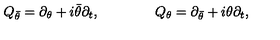
Q _ { \bar { \theta } } = \partial _ { \theta } + i \bar { \theta } \partial _ { t } , \qquad \qquad Q _ { \theta } = \partial _ { \bar { \theta } } + i \theta \partial _ { t } ,